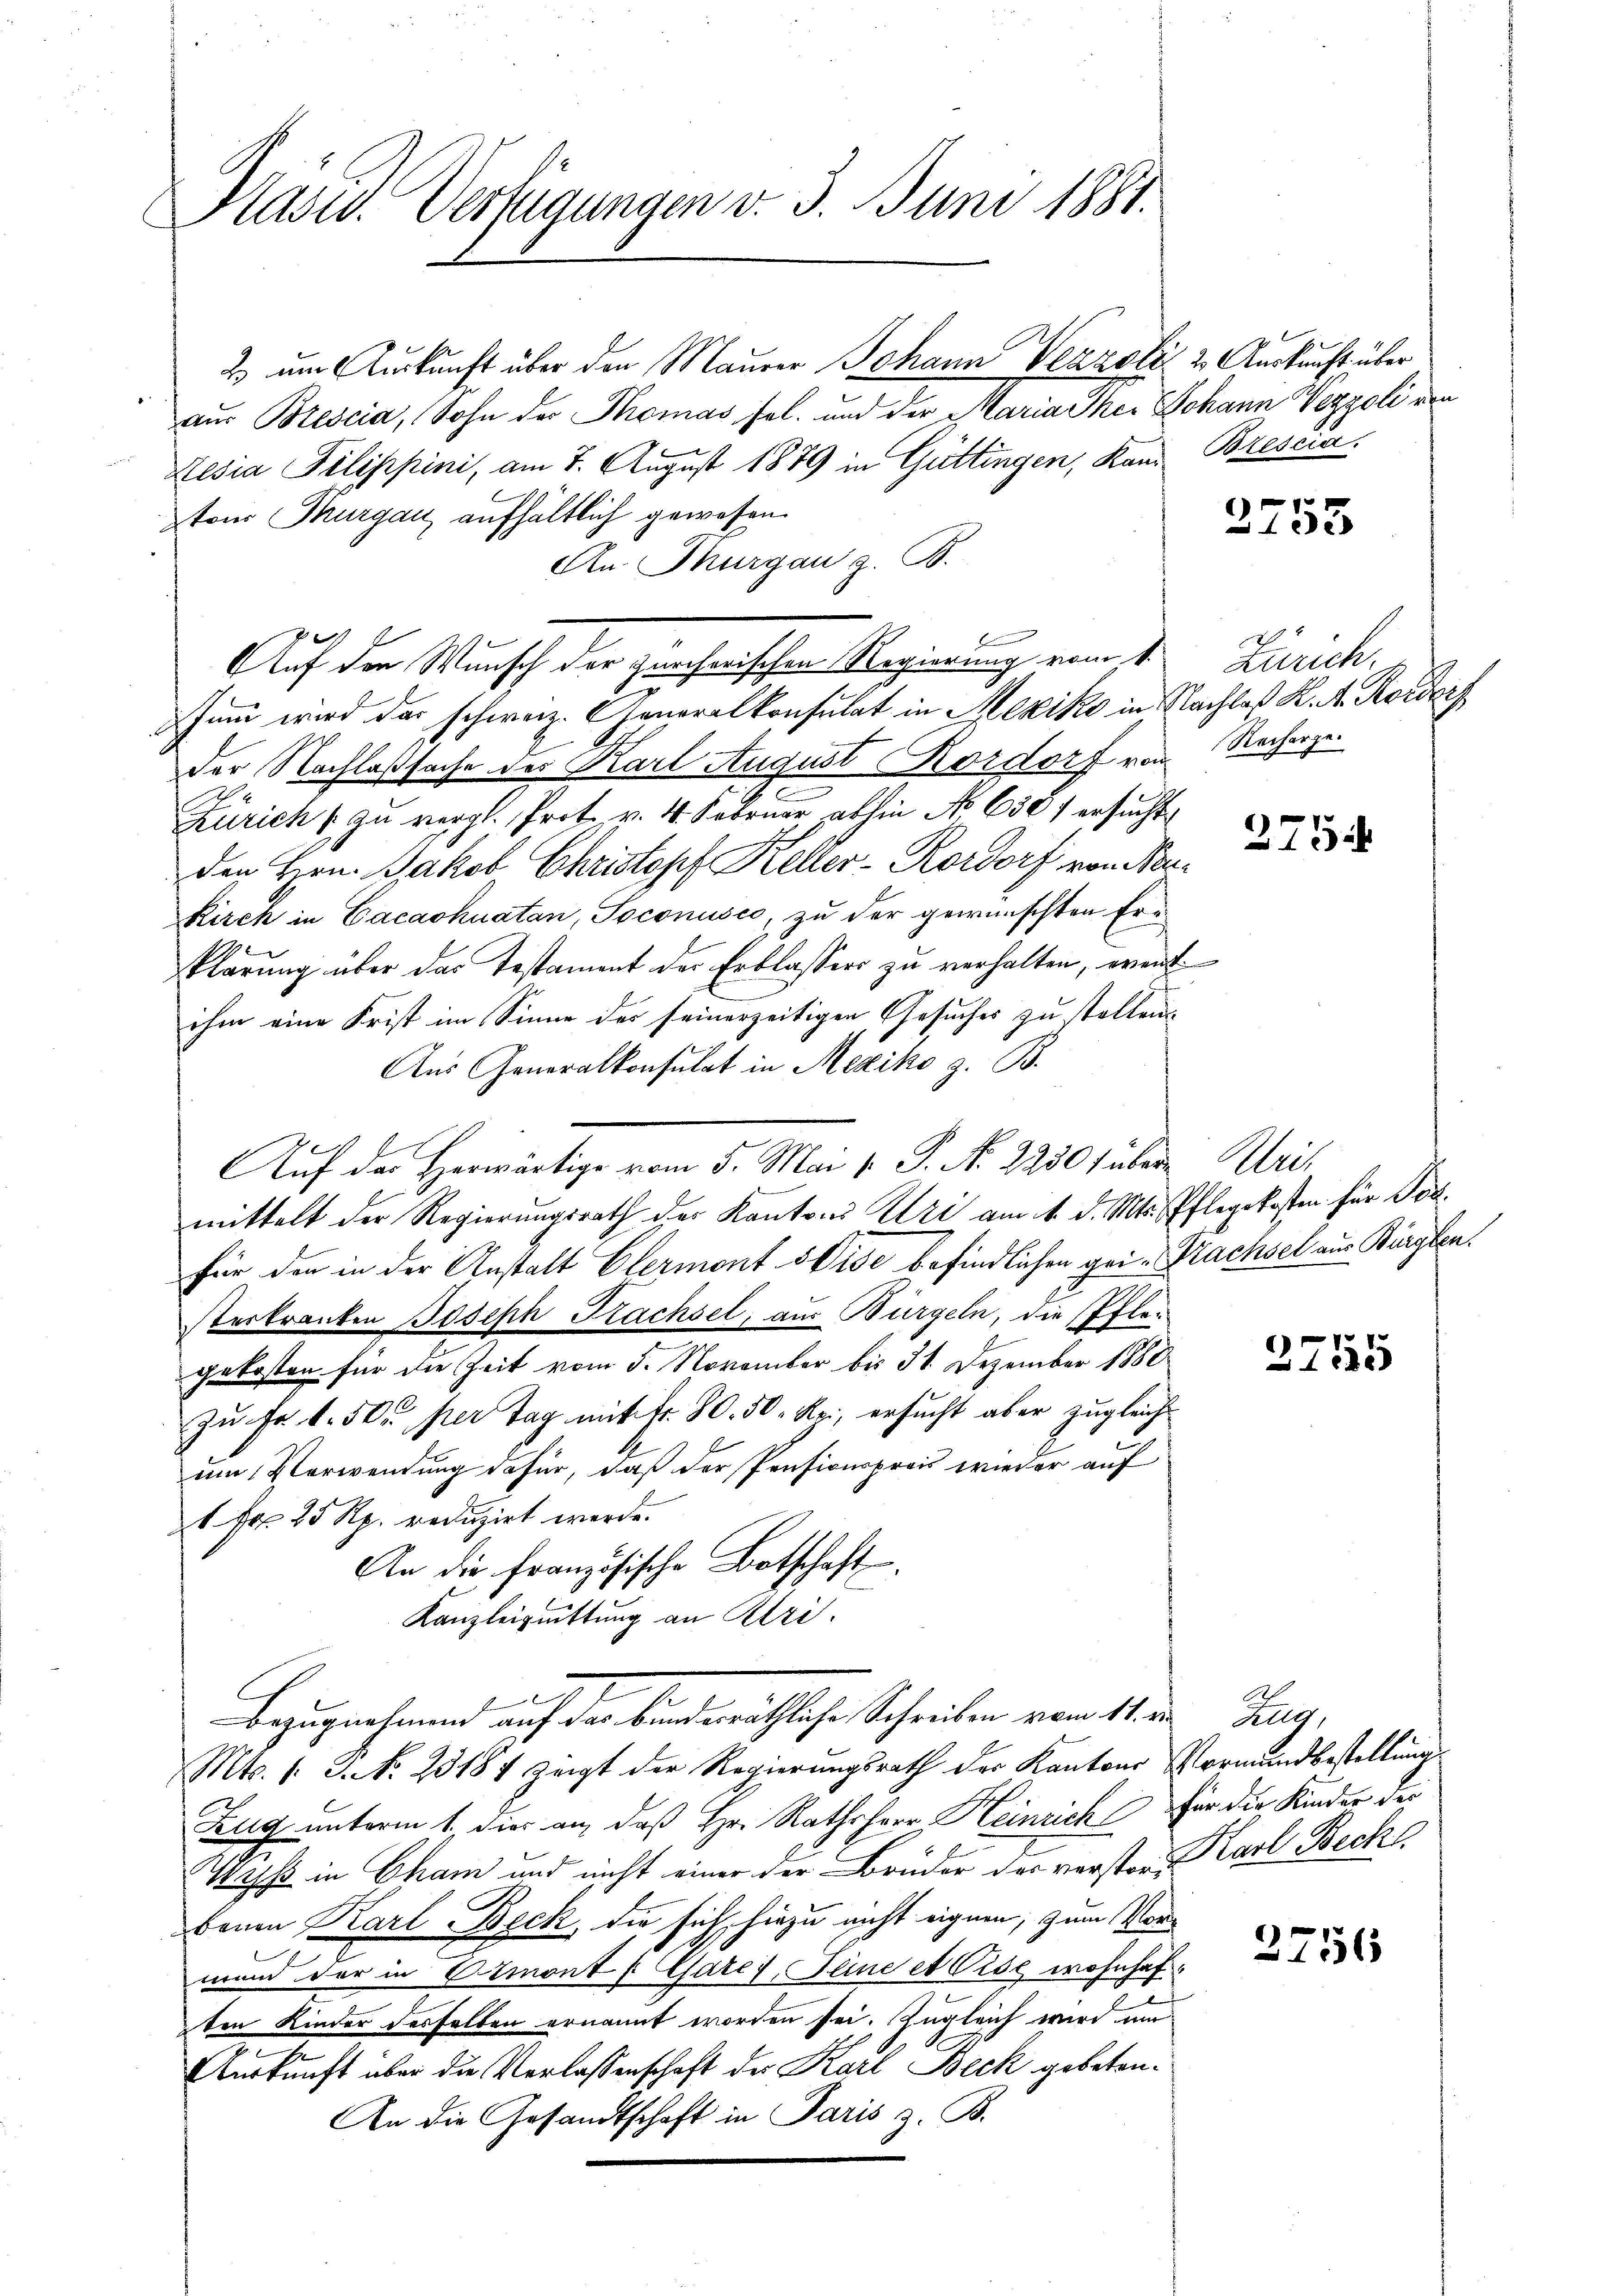
Hasel. Verfügungen v. 3. Juni 1881.

2 um Auskunft über den Maurer Johann Verzoli & Auskunft über
aus Brescia, Sohn der Thomas sel. und der Maria Thei Johann Wegzoli von
resia Pilippini, am 7. August 1879 in Guttingen, Kann Brescia
trier Thurgau, aufhältlich gewesen.
An Thurgau z. B.
Berechen
Auf den Wunsch der zürcherischen Regierung vom 1.
humm wird das schweiz. Generalkonsulat in Mexiko in Nachlaß K. A. Korder
der Nachlaßsache des Karl August Kordorf von Recherge¬
Zürich zu vergl. Prot. v. 4. Februar abhin No 630 f ersucht
den Hrn. Jakob Christopf Keller-Kordorf von Ner¬
Kirch in Cacashuatan, Soconusco, zu der gewünschten Ere
klärung über das Testament der Erblassers zu verhalten, ereit
ihm eine Frist im Sinne der seinerzeitigen Gesuches zu stellen
Aus Generalkonsulat in Mexiko z. B.
Auf der Herwärtige vom 5. Mai v. P. N. 2230 f übermittelt der Regierungsrath der Kantons Uri am 4. d. Mts. Pflegekosten für Jos.
für den in der Anstalt Elermont eise befindlichen gei-Trachsel aus Bürglen.
sterkranken Joseph Krachsel, aus Bürgeln, die Pflegekosten für die Zeit vom 5. November bis 31. Dezember 1880
zu Fr. 1. 50 per Tag mit Fr. 80. 50. Rei, ersucht aber zugleiche
um Verwendung dafür, daß der Pensionspreis wieder auf
1 Fr. 25 Rp. reduzirt werde.
An die französische Botschaft.
Kanzleiguittung an Petri
Bezugnahmen auf das bei wächliche Schreiben vom 14. die
Mts. 1. 3. No. 23187 zeigt der Regierungsrath der Kantons Vormundbestellung
Zug unterm 1. dies an, daß Hr. Rathsherr Heinrich für die Kinder des
f
Wehs in Cham und nicht einer der Bruder der verstoren Karl Becke
benen Karl Beck, die sich hiezu nicht eignen, zum Vormund der in Ermont f Garet, eine et Cise wohnhaf
ten Kinder desselben ernannt worden sei. Zugleich wird um
Auskunft über die Verlassenschaft der Karl Beck gebeten.
An die Gesandtschaft in Paris z. B.

2753

Zürich.

275

Wier

3755

Zug,

2756